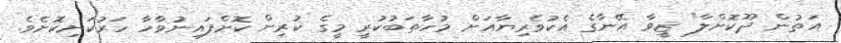
އަތުން ދޫކޮށްލާ" ޒީވާ އޭނާގެ އެކުވެރިޔާއަށް މުހާތަބުކުރީ މީގެ ކުރިން ކޮށްފައިނުވާހާ ހަރުކަށިކޮށެވެ.